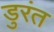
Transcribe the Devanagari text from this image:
डुरंत